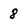
Character: 8